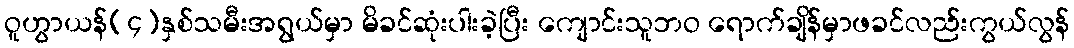
ဝူဟွာယန်(၄)နှစ်သမီးအရွယ်မှာ မိခင်ဆုံးပါးခဲ့ပြီး ကျောင်းသူဘဝ ရောက်ချိန်မှာဖခင်လည်းကွယ်လွန်